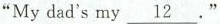
“My dad's my \underline{12}